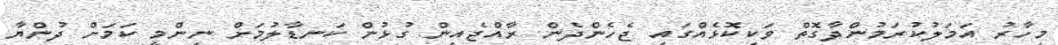
މިހާރު އަމަލުކުރަމުންދާގޮތް ވަކިކޮޅެއްގައި ޖެހެންދެން ރާއްޖެއިން ގުޅުން ކަނޑާލުމަށް ނިންމީ ކަމަށް ދުންޔާ